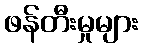
ဖန်တီးမှုများ